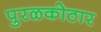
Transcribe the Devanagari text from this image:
पुरळकोठार